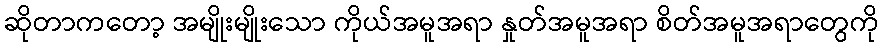
ဆိုတာကတော့ အမျိုးမျိုးသော ကိုယ်အမူအရာ နှုတ်အမူအရာ စိတ်အမူအရာတွေကို